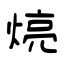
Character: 煷